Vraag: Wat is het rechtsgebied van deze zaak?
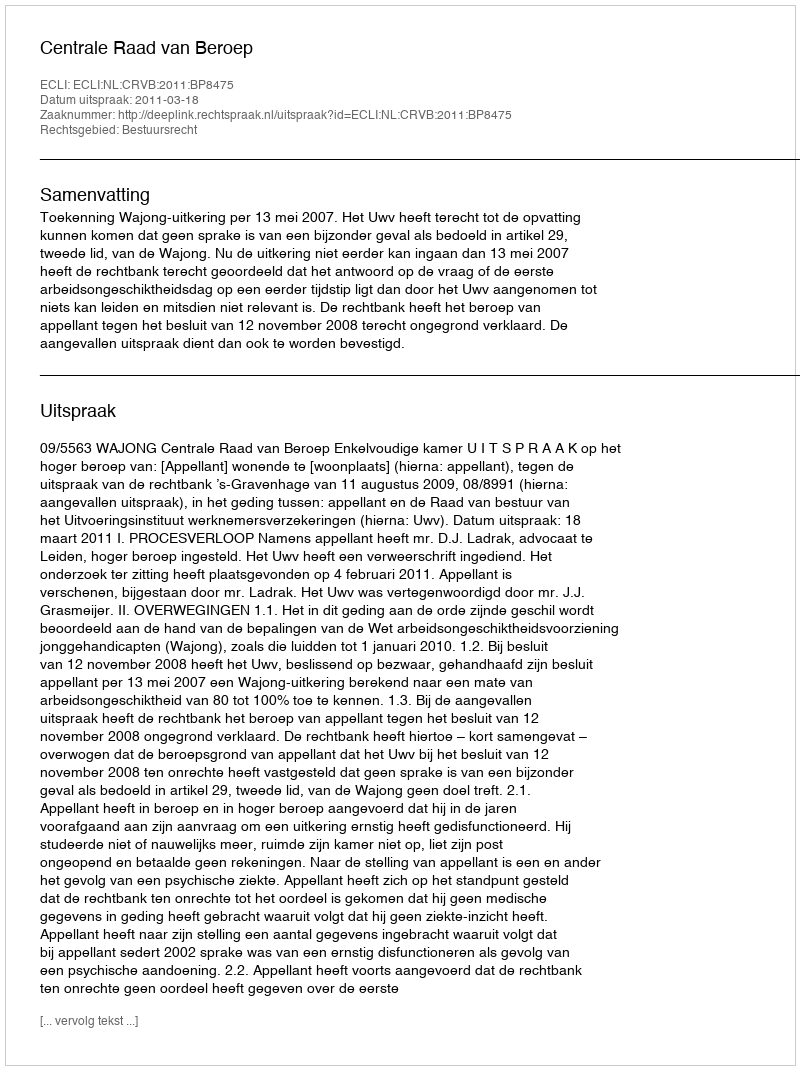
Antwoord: Bestuursrecht